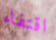
اقتفاء